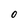
Character: 0